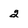
Character: 2